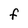
Character: F